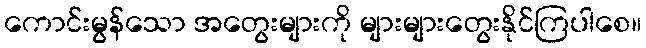
ကောင်းမွန်သော အတွေးများကို များများတွေးနိုင်ကြပါစေ။